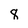
Character: 8